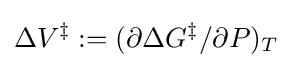
\Delta V^{\ddagger }:=(\partial \Delta G^{\ddagger }/\partial P)_{T}